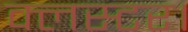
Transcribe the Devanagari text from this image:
क्लस्टर।